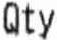
QTY